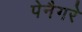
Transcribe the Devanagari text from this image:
पेनैगरे